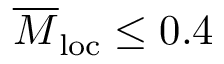
\overline { { M } } _ { \mathrm { l o c } } \leq 0 . 4